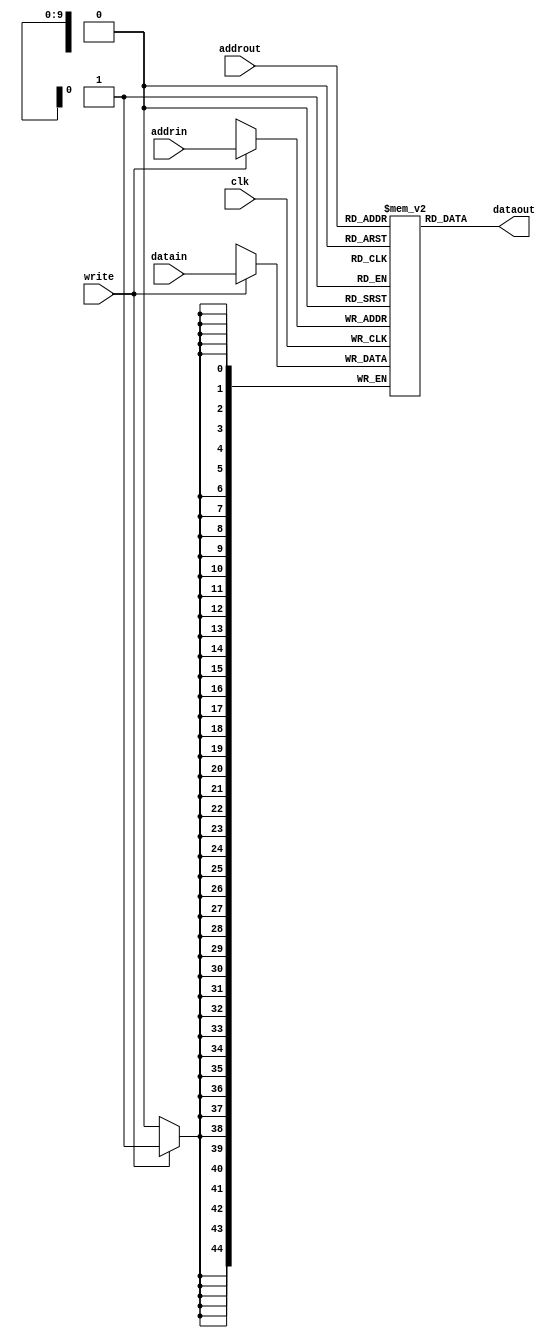
//
// This is a simple memory model for the fifo homework
//
`timescale 1ns/10ps


module mem1k(clk,addrin,datain,write,addrout,dataout);
input clk,write;
input [9:0] addrin,addrout;
input [44:0] datain;
output [44:0] dataout;
reg writechk;
reg [44:0] md[0:1023];
reg [244:0] mdout;


always @(posedge(clk)) begin
  writechk=write;
  #0.1;
  if(writechk != write) $display("Not enough hold time on memory write");
  if(write) begin
   md[addrin]=datain; 
  end
end

assign dataout=mdout;

always @(*) begin
 #0.2
 mdout <= #1 md[addrout];
end

endmodule